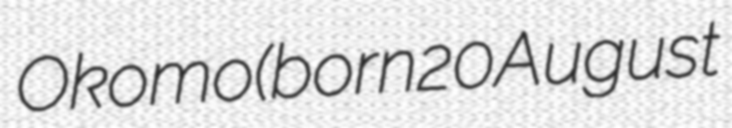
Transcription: Okomo (born 20 August